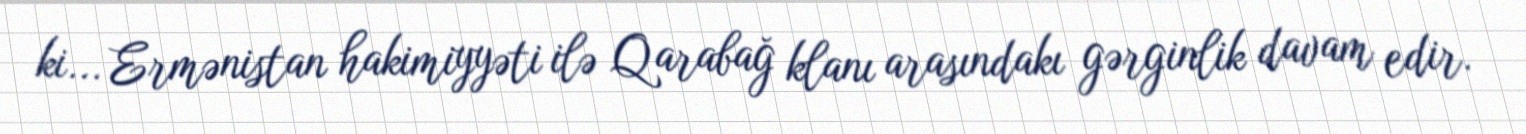
ki... Ermənistan hakimiyyəti ilə Qarabağ klanı arasındakı gərginlik davam edir.